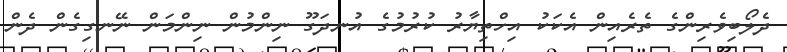
ދެލޯބިވެރިންގެ ތެރެއިން އެކަކު އިހްތިޔާރު ކުރުމުގެ އުނދަގޫ ނިންމުން ނިންމަން ނޭނގިގެން ދެން